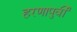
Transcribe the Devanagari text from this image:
हरणापुर्वी